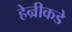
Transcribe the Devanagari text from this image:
हेन्रीकडे